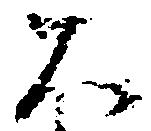
大